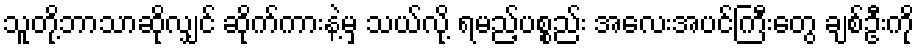
သူတို့ဘာသာဆိုလျှင် ဆိုက်ကားနဲ့မှ သယ်လို့ ရမည့်ပစ္စည်း အလေးအပင်ကြီးတွေ ချစ်ဦးကို